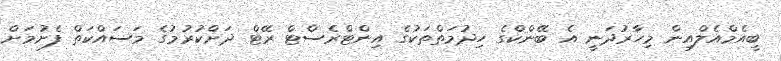
ބީއެމްއެލްއިން މިހާރުދަނީ އެ ބޭންކްގެ ހިދުމަތްތަކުގެ އިންޓްރެސްޓް ރޭޓް ދަށްކުރުމުގެ މަސައްކަތް ފެށުމަށް